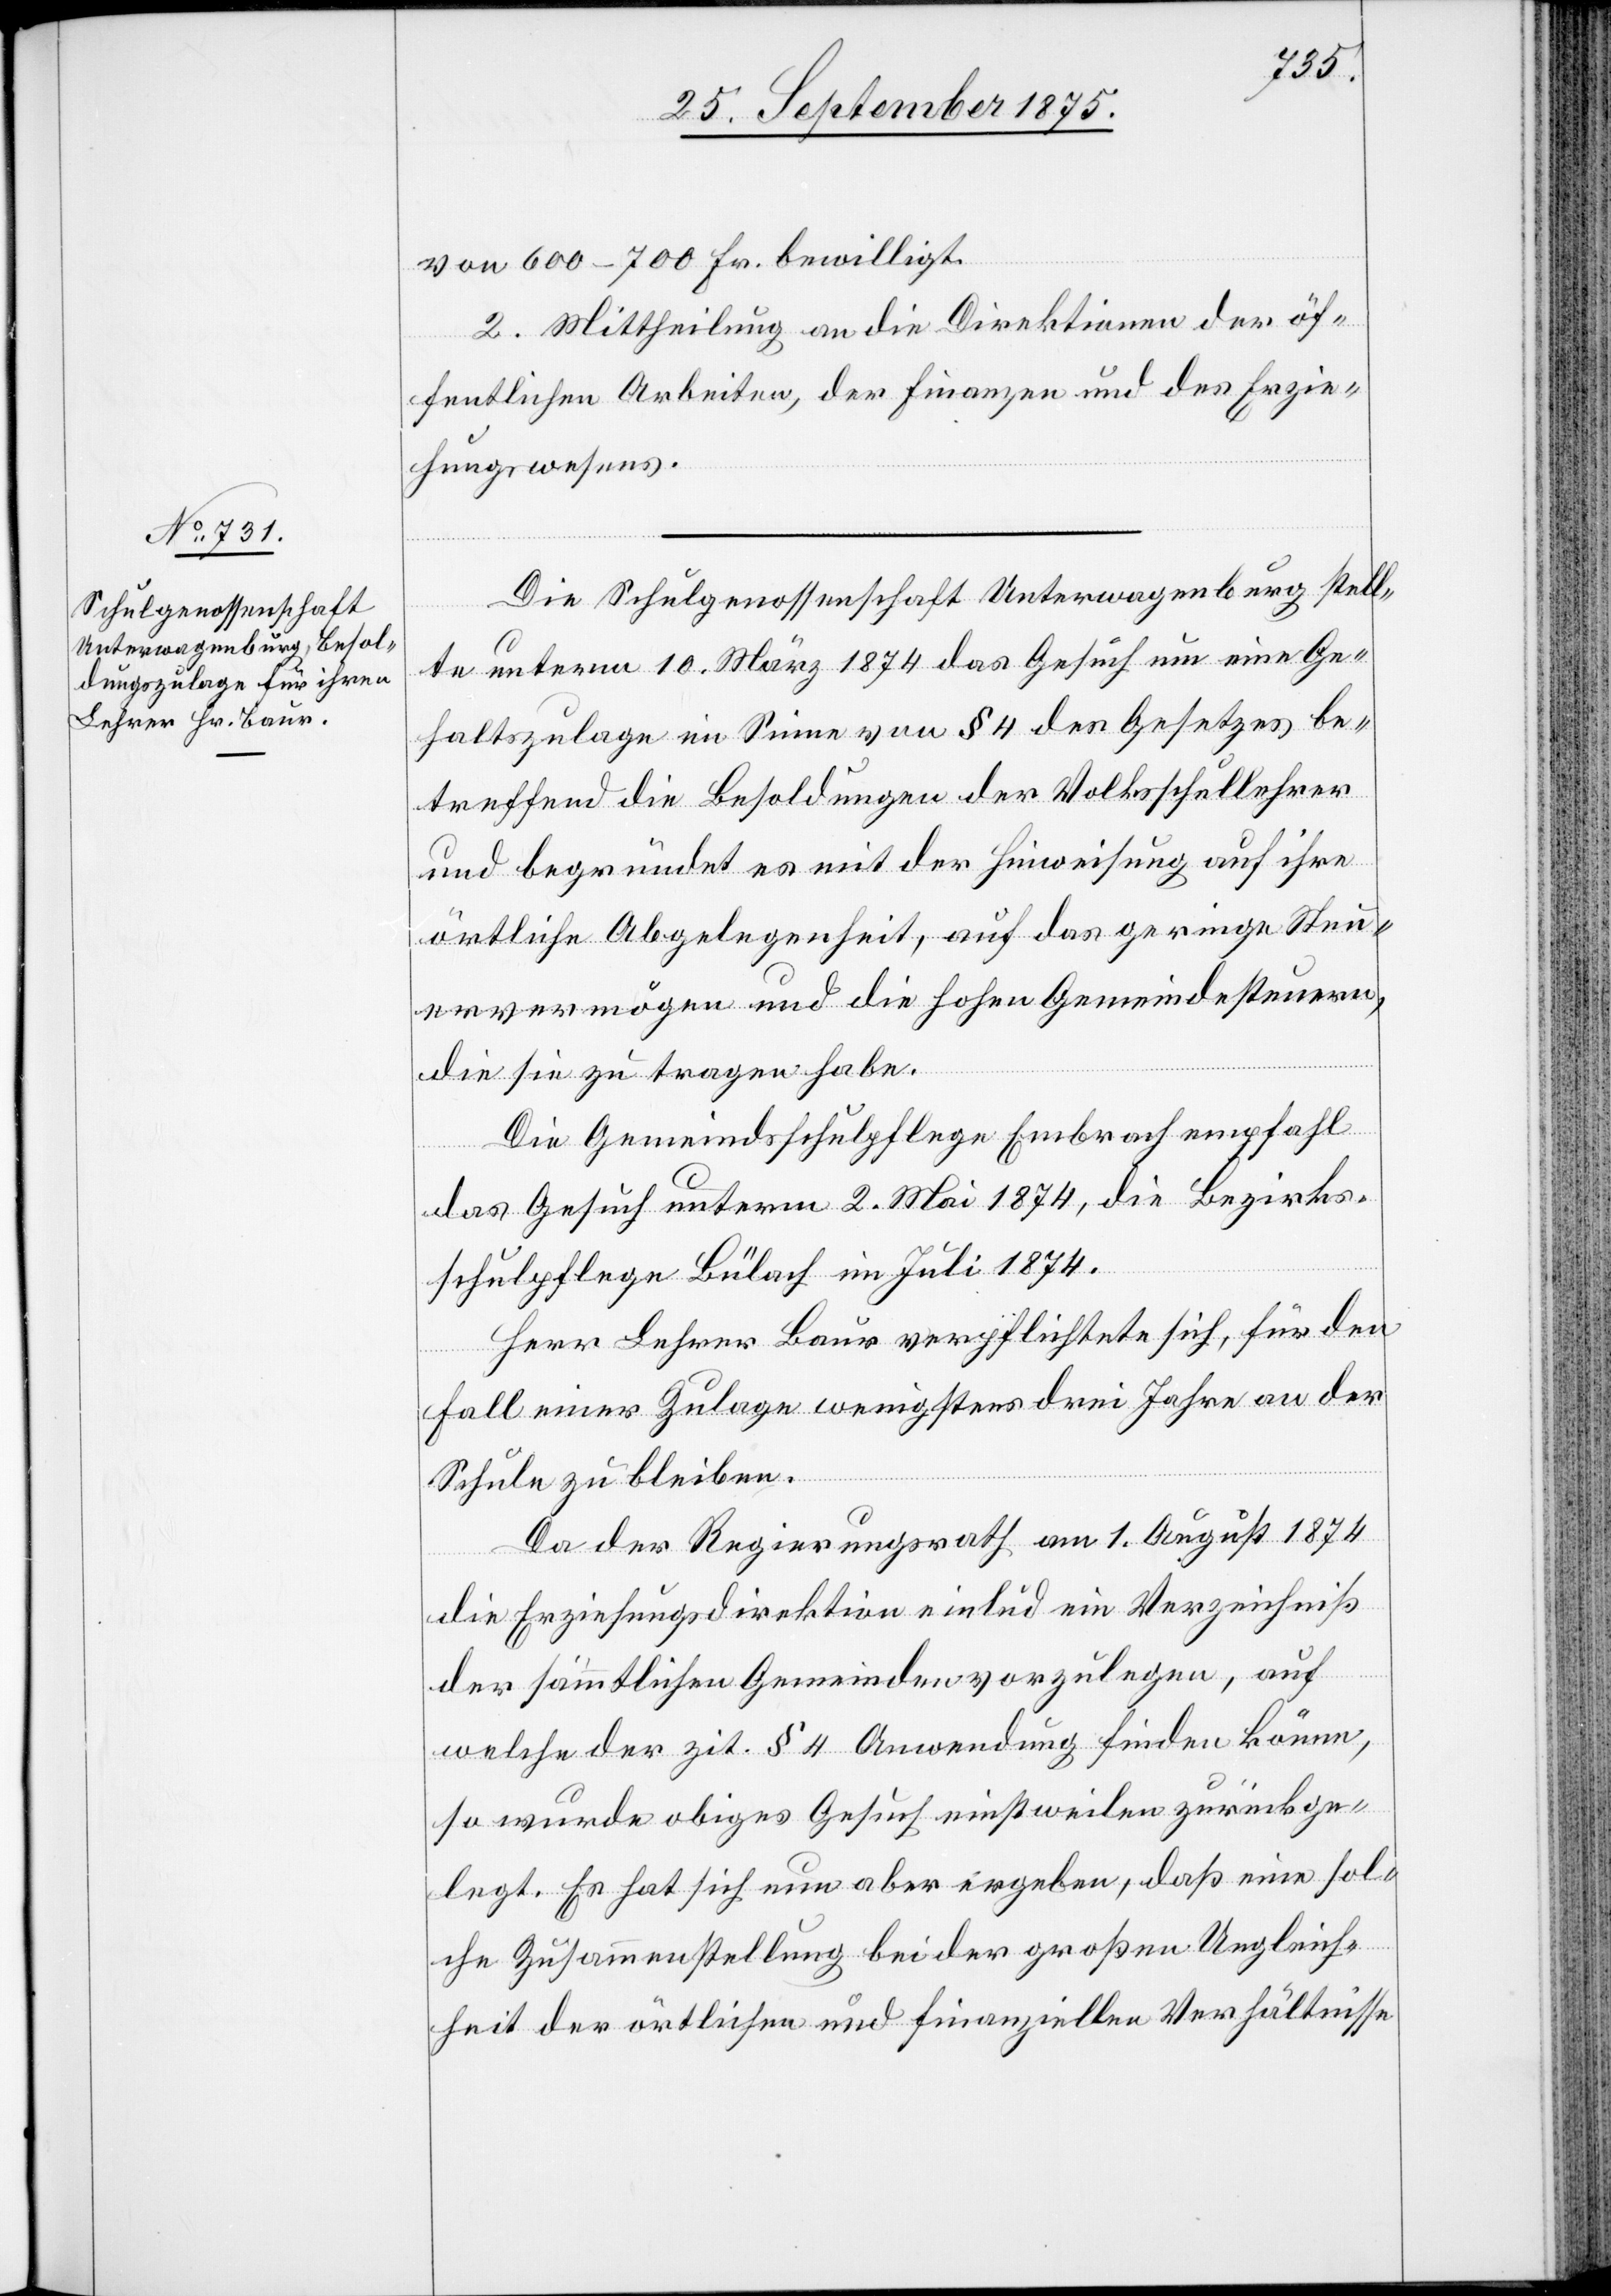
von 600–700 Fr. bewilligt.
2. Mittheilung an die Direktionen der öf¬
fentlichen Arbeiten, der Finanzen und des Erzie¬
hungswesens.
Die Schulgenossenschaft Unterwagenburg stell¬
te unterm 10. März 1874 das Gesuch um eine Ge¬
haltszulage im Sinne von § 4 des Gesetzes be¬
treffend die Besoldungen der Volksschullehrer
und begründet es mit der Hinweisung auf ihre
örtliche Abgelegenheit, auf das geringe Steu¬
ervermögen und die hohen Gemeindesteuern,
die sie zu tragen habe.
Die Gemeindsschulpflege Embrach empfahl
das Gesuch unterm 2. Mai 1874, die Bezirks¬
schulpflege Bülach im Juli 1874.
Herr Lehrer Baur verpflichtete sich, für den
Fall einer Zulage wenigstens drei Jahre an der
Schule zu bleiben.
Da der Regierungsrath am 1. August 1874
die Erziehungsdirektion einlud ein Verzeichniß
der sämmtlichen Gemeinden vorzulegen, auf
welche der zit. § 4 Anwendung finden könne,
so wurde obiges Gesuch einstweilen zurückge¬
legt. Es hat sich nun aber ergeben, daß eine sol¬
che Zusammenstellung bei der großen Ungleich¬
heit der örtlichen und finanziellen Verhältnisse